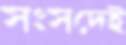
সংসদেই